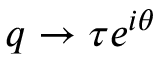
q \rightarrow \tau e ^ { i \theta }